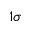
1 \sigma